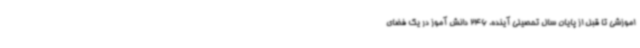
اموزشی تا قبل از پایان سال تحصیلی آینده، 246 دانش آموز در یک فضای